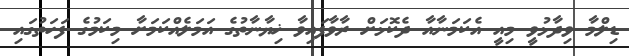
ޑިލްމާ ވިދާޅުވީ މިއީ އެކަމަނާއާ ދެކޮޅަށް ރާވާފައިވާ ޚިޔާނާތުގެ އަމަލެއްކަމަށާ މިކަމުގެ ފަހަތުގައި